Calcutta medical institutions reports 1871-78
Year: 1871
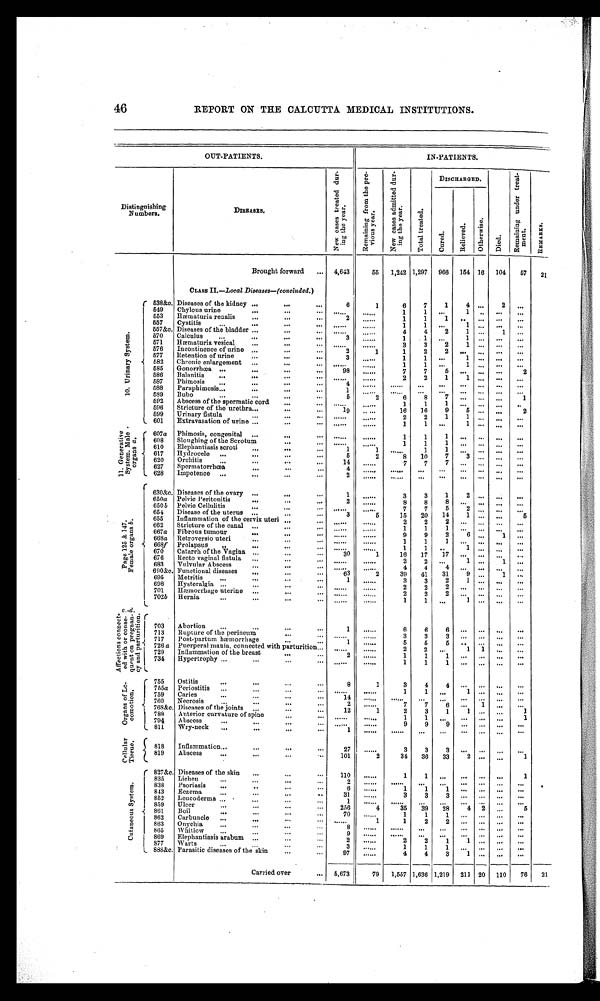
REPORT ON THE CALCUTTA MEDICAL INSTITUTIONS.
OUT-PATIENTS.
IN-PATIENTS.
Distinguishing
Numbers.
D I S E A S E S .
N e w c a s e s t r e a t e d d u r i n g t h e y e a r .
R e m a i n i n g f r o m t h e p r e v i o u s y e a r .
N e w c a s e s a d m i t t e d d u r i n g t h e y e a r .
T o t a l t r e a t e d .
DISCHARGED.
D i e d .
R e m a i n i n g u n d e r t r e a t m e n t .
R E M A R K S .
C u r e d .
R e l i e v e d .
O t h e r w i s e .
Brought forward ... 4,643
55 1,242 1,297 966 154 16 104 67 21
CLASS II.— L o c a l D i s e a s e s — ( c o n c l u d e d . )
1 0 . U r i n a r y S y s t e m .
538&c.. Diseases of the kidney ...
. . .
...
6
1
6 7 1 4
. . . 2 ...
5 4 9 Chylous urine
...
. . .
. . . ......
. . . . . . 1 1 ...
1 . . . . . . . .
553 Hæmaturia renalis ...
. . .
...
2 ......
1 1 1
. . . . .
. . . . . .
5 5 7
C y s t i t i s . . .
. . .
. . .
. . . ......
. . . . . .
1 1 ...
1 . . .
. . . . . .
557&c. Diseases of the bladder ...
...
. . .
. . . . . .
. . . . . . 4 4 2 1 ... 1 ...
570 Calculus ...
...
. . .
. . .
3 ......
1 1 ..
1
. . .
. . . . . .
571 Hæmaturia vesical ...
... ...
. . . . . .
. . . . . .
3 3 2 1
. . .
. . . . . .
5 7 6 Incontinence of urine ...
. . .
. . .
2
1
1 2 2 ...
. . .
. . . . . .
5 7 7 Retention of urine ...
...
. . .
3 ......
1 1 . . .
1
. . .
. . . . . .
5 8 2 Chronic enlargement ...
. . .
. . .
. . . . . .
. . . . . . 1 1 . . .
1 . . .
. . . . . .
5 8 5 Gonorrhœa ... ...
...
.. .
9 8
......
7 7
5
. . . . . . .
. . . 2
586 Balanitis ...
...
. . .
. . .
. . . . . .
. . . . . . 2 2 1 1
. . .
. . .
. . .
5 8 7 Phimosis
. . . . . .
. . .
. . .
4 ...... ...... ... ... ... ... ... ...
5 8 8 Paraphimosis ... ... . . .
...
1
. . . . . .
. . . . . .
. . . . . . . . . . . .
. . . . . .
589 Bubo
... ...
. . .
. . .
5
2
6 8
7
. . . . . .
. . . 1
5 9 2 Abscess of the spermatic cord
. . .
. . .
......
. . . . . . 1 1 1 ... ... ...
. . .
596 Stricture of the urethra...
. . .
...
19
. . . . . .
16 16 9 5 . . . . . .
2
5 9 9 Urinary flstula ...
. . .
. . .
. . . . . . ......
2 2 1 1
. . .
. . .
. . .
601 Extravasation of urine ...
. . .
...
. . . . . .
. . . . . .
1 1 ...
1 . . .
. . .
. . .
1 1 . G e n e r a t i v e S y s t e m . M a l e o r g a n s
a .
607a Phimosis, congenital ...
. . .
. . .
. . . . . .
. . . . . .
1 1 1 ...
. . . ... ...
608 Sloughing of the Scrotum
. . .
. . .
...... . . . . . .
1 1 1
. . . . . .
. . . . . .
610 Elephantiasis scroti ...
. . .
. . . 1
1
. . . . . . 1 1 ... ... ...
. . .
617 Hydrocele ...
...
...
...
5
2 8
10 7 3 . . .
. . . . . .
620 Orchitis ...
...
. . .
...
1 4
......
7 7
7
. . . . . . ... ...
627 Spermatorrhœa
...
...
...
4 ......
. . . . . . . . .
. . . . . .
. . . . . . . . .
628 Impotence ... ...
...
. . .
2
. . . . . .
. . . . . . . . .
. . .
. . .
. . . . . . . . .
P a g e 1 2 5 & 1 4 7 . F e m a l e o r g a n sb
.
630&c. Diseases of the ovary ...
. . .
...
1 ......
3 3 1
2
. . .
. . . . . .
6 5 0 a Pelvic Peritonitis
...
...
...
2 ......
8 8 8 ... . . .
. . . . . .
650b Pelvic Cellulitis
...
. . .
. . . ...... ......
7 7 5 2 . . .
. . . . . .
654 Disease of the uterus ...
...
. . .
3
5 15 20 14
1 . . .
. . . 5
655 Inflammation of the cervix uteri ...
. . . ......
. . . . . .
2 2
2
. . . . . .
. . .
. . .
662 Stricture of the canal ...
. . .
. . .
. . . . . .
. . . . . .
1 1 1
. . . . . .
. . .
. . .
667a Fibrous tumour
...
...
. . .
. . . . . .
. . . . . .
9 9 2 6 ...
1 ...
668a Retroversio uteri
...
. . .
. . .
. . . . . .
. . . . . .
1 1
1
. . . ... ... ...
668f Prolapsus „ . . .
. . .
. . .
. . . . . .
. . . . . .
1 1 ..
1 . . .
. . . . . .
670 Catarrh of the Vagina ...
. . .
. . . 30
1
16 17 17 ... ... . . . ...
676 Recto vaginal fistula ...
. . .
. . .
. . . . . .
. . . . . .
2
2
. . . 1 . . . 1 ...
683 Vulvular Abscess
...
. . .
. . . ...... ......
4 4 4 ... ... ... ...
690&c. Functional diseases ...
. . .
. . . 63
2
39 41 31 9 ... 1 ...
695 Metritis ...
...
...
...
1 ......
3 3 2
1 . . .
. . . . . .
698 Hysteralgia ... ...
. . .
. . .
. . . . . .
. . . . . .
2 2 2 ... ... ... ...
701 Hæmorrhage uterine...
. . .
. . .
. . . . . .
. . . . . .
2
2 2
. . . . . .
. . . . . .
702b Hernia
...
...
. . .
. . .
. . . . . .
. . . . . .
1 1 ...
1 . . .
. . . . . .
A f f e c t i o n s c o n n e c t - e d w i t h o r c o n s e - q u e n t o n p r e g n a n - c y a n d p a r t u r i t i o n .c
. - d
.
703 Abortion ...
. . .
. . .
. . .
1 ......
6 6
. . . . . . . . .
. . . . . .
713 Rupture of the perineum
...
. . .
. . . . . .
. . . . . .
3 3
3
. . . . . .
. . . . . .
717 Post-partum hæmorrhag
. . .
. . .
1 ......
5 5
5
. . . . .
. . . . . .
726 a Puerperal mania, connected with parturition...
. . . . . .
. . . . . .
2
2
. . . 1 1 ... ...
729 Inflammation of the breast
. . .
. . .
2 ......
1 1 1
. . . . . .
. . . . . .
734 Hypertrophy ...
...
. . .
. . . ......
. . . . . .
1 1 1
. . . . . .
. . . . . .
O r g a n s o f L o - c o m o t i o n .
755 Ostitis
...
...
. . .
. . .
8
1
3 4 4
. . . . . . . . . . . .
755a Periostitis ... ...
...
. . .
. . . . . .
. . . . . .
1 1 ...
1 ... ... ...
7 5 9
Caries ... ...
...
...
14 ......
. . . . . .
. . .
. . . ... ... . . .
...
760 Necrosis ... ...
. . .
...
2 ......
7 7 6 ... 1
. . . . . .
768&c. Diseases of the joints ...
. . .
...
12
1
2 3 1
1 . . .
. . . 1
788 Anterior curvature of spine
. . .
. . .
. . . . . . ......
1 1 ... ... ... ...
1
794 Abscess
...
...
...
. . .
. . . . . .
. . . . . .
9 9 9
. . . . . .
. . .
. . .
811 Wry-neck ... ...
. . .
. . .
1
. . . . . .
. . . . . . . . . ...
. . . . . . . . .
. . .
C e l l u l a r T i s s u e .
818 Inflammation... ...
...
. . .
27 ......
3 3
3 . . .
. . .
. . .
. . .
819 Abscess...
...
. . .
. . . 101
2
34 36 33 2
. . .
. . .
1
C u t a n e o u s S y s t e m .
827&c. Diseases of the skin ...
...
. . . 110 ......
1
1
. . . . . . ... ...
1
835 Lichen
...
...
. . .
...
2
. . . . . .
. . . . . . ...
. . . ... ... ... ...
8 3 8 Psoriasis ...
...
. . .
. . .
6 ......
1 1
1 ... ... ... ...
843
Eczema ...
...
. . .
. . .
31 ......
3 3
3
. . . . . .
. . .
. . .
852 Leucoderma ...
...
. . .
. . .
1
. . . . . .
. . . . . . ... ...
. . . . . . . . .
. . .
859 Ulcer
. . . . . .
. . .
. . . 256
4
35 39 28
4 2
...
5
861 Boil
... ...
. . .
. . .
70 ......
1 1
1
. . . . . .
. . .
. . .
862 Carbuncle ...
...
. . .
. . . ......
1
1 2 2
. . . . . .
. . .
. . .
863
Onychi a . . . . . .
. . .
. . .
8
. . . . . .
. . . . . . ... ...
. . . . . . . . . ...
865 Whitlow ...
...
...
. . .
9 ...... ...... ... ... ... ...
. . . ...
869 Elephantiasis arauburn ...
. . .
...
2 ......
2 2
1
1 . . .
. . .
. . .
877 Warts
...
...
. . .
. . .
3
. . . . . .
1 1
1
. . . . . .
. . .
. . .
888&c. Parasitic diseases of the skin
. . .
. . .
97 ......
4 4
3
1 . . .
. . .
. . .
Carried over
... 5,673
79 1,557 1,636 1,219 211 20 110 76 21
46